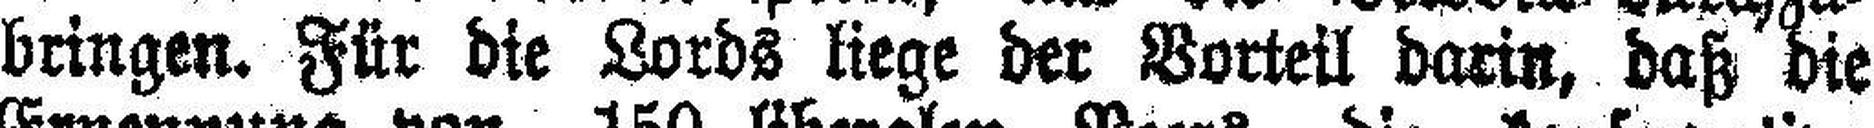
bringen. Für die Lords liege der Vorteil darin, daß die